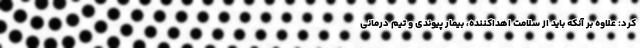
کرد: علاوه بر آنکه باید از سلامت اهداکننده، بیمار پیوندی و تیم درمانی